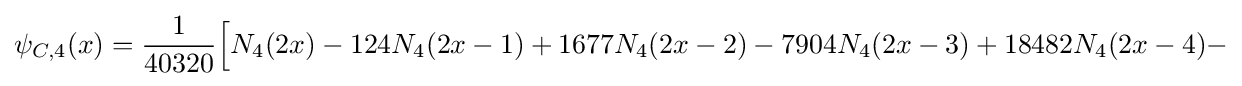
\psi _{C,4}(x)={\frac {1}{40320}}{\Big [}N_{4}(2x)-124N_{4}(2x-1)+1677N_{4}(2x-2)-7904N_{4}(2x-3)+18482N_{4}(2x-4)-